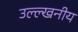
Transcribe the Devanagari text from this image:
उल्ल्खनीय